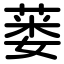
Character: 蒌